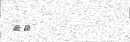
٦٨